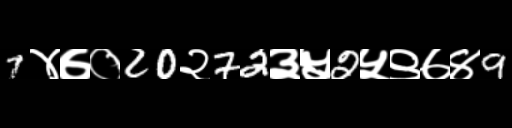
Text: 7४७०20२72३५2५९७४9